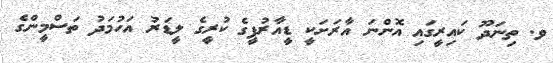
ވ. ތިނަދޫ ކައިރީގައި އޮންނަ އާރަށަކީ ޑީއާރުޕީގެ ކުރީގެ ލީޑަރު އަހުމަދު ތަސްމީންގެ